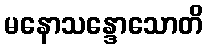
မနောသန္ဒောသောတိ